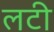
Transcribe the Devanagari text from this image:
लटी